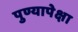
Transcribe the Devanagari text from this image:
पुण्यापेक्षा